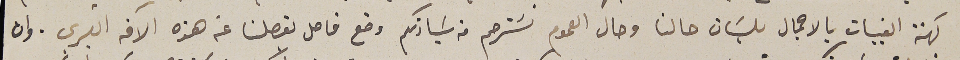
كهنة القبيات بالاجمال بلسَان حالنا وحال العموم نسَترحم من سَيادتكم وضع فاصل يفصلنا عن هذه الآفه الكبرى. وان